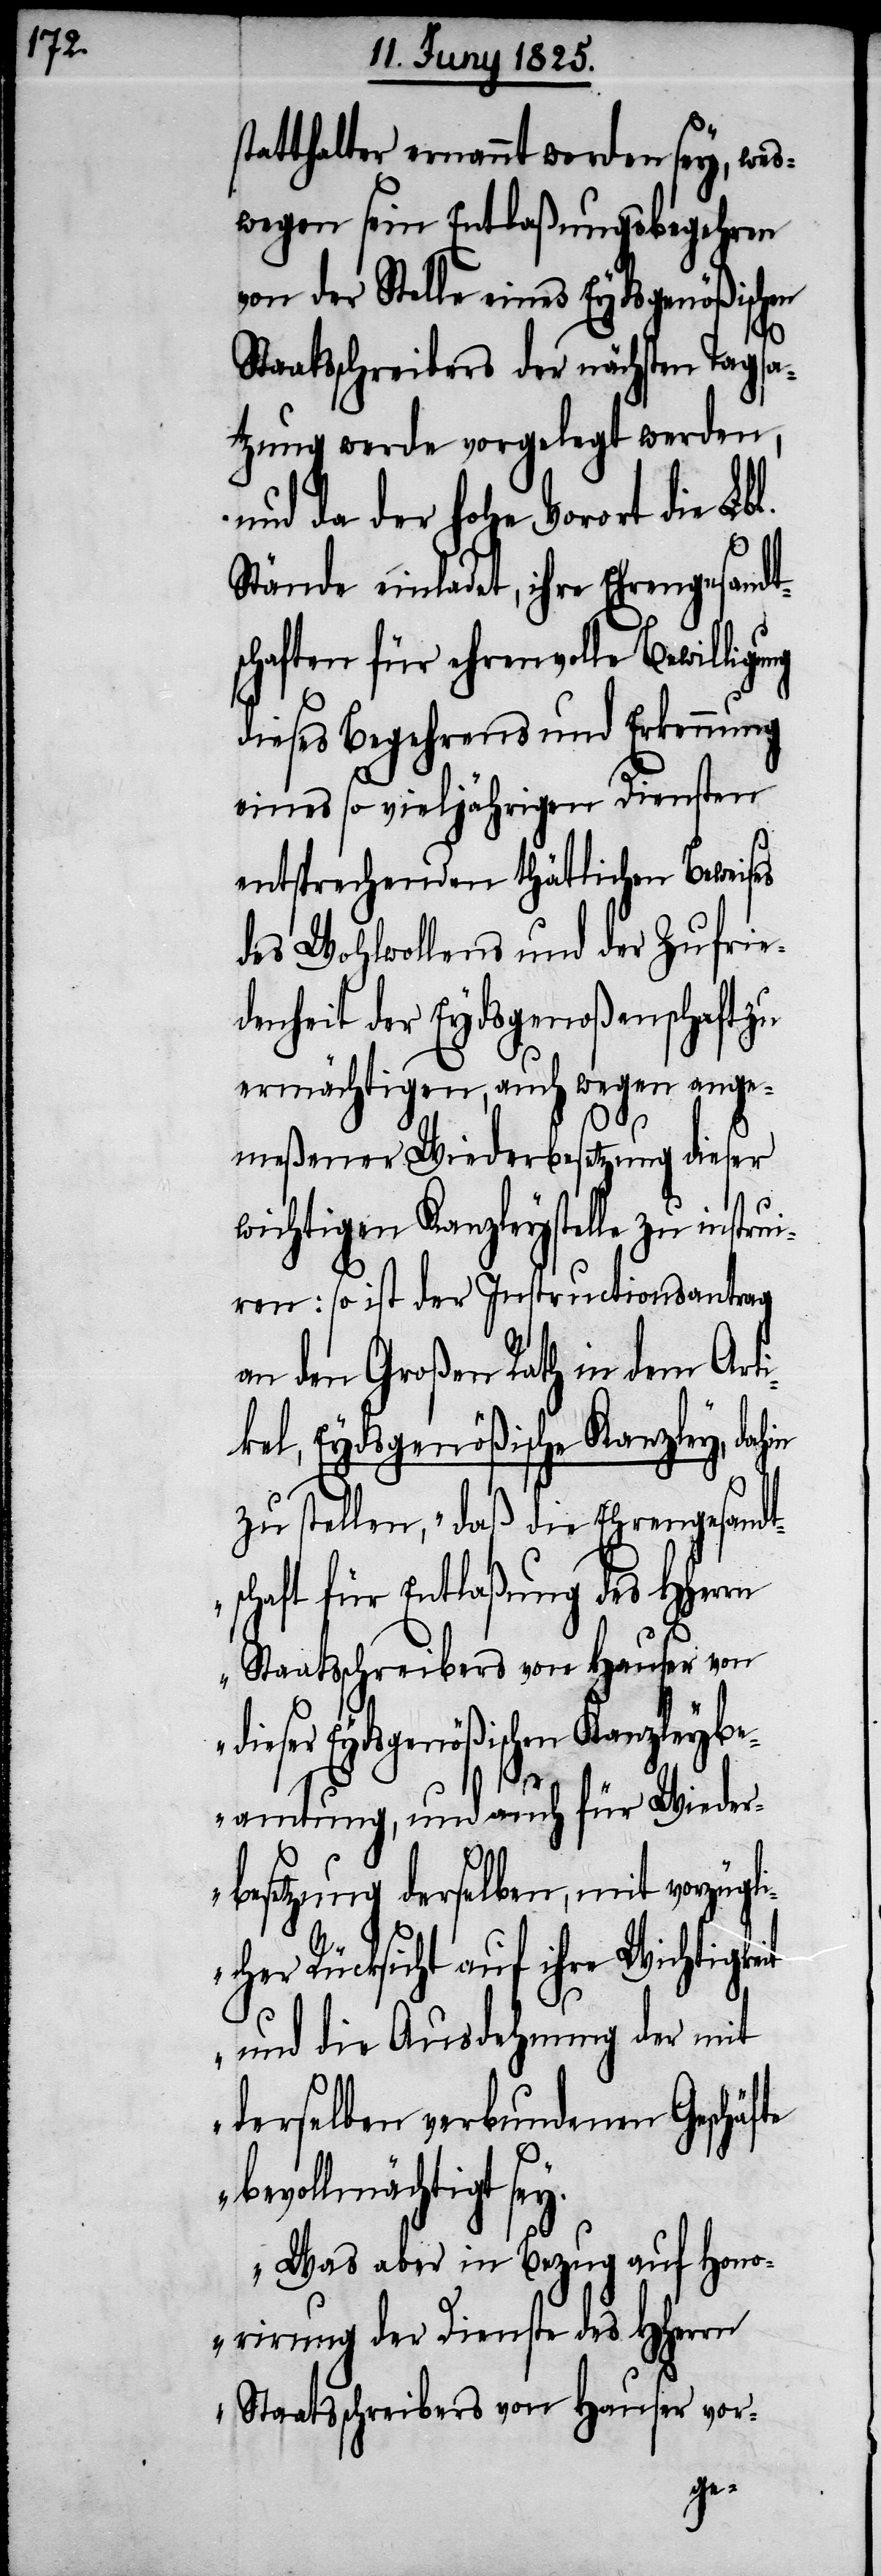
statthalter ernannt worden sey, wes¬
wegen sein Entlaßungsbegehren
von der Stelle eines Eydsgenößischen
Staatsschreibers der nächsten Tagsa¬
tzung werde vorgelegt werden,
und da der hohe Vorort die Lbl.
Stände einladet, ihre Ehrengesandt¬
schaften für ehrenvolle Bewilligu¬
dieses Begehrens und Erkennung
eines so vieljährigen Diensten
entsprechenden thätlichen Beweises
des Wohlwollens und der Zufrie¬
denheit der Eydsgenoßenschaft zu
ermächtigen, auch wegen ange¬
meßener Wiederbesetzung dieser
wichtigen Kanzleystelle zu instrui¬
ren: so ist der Instructionsantrag
an den Großen Rath in dem Art¬
ikel, Eydsgenößische Kanzley, dah¬
zu stellen, „daß die Ehrengesandt¬
schaft für Entlaßung des HHerrn
n dieser Eydsgenößischen Kanzleybe¬
i¬
amtung, und auch für Wieder¬
besetzung derselben, mit vorzügl¬
cher Rücksicht auf ihre Wichtigke¬
und die Ausdehnung der mit
derselben verbundenen Geschäfte
it
bevollmächtigt sey.
Was aber in Bezug auf Hono¬
rirung der Dienste des HHerrn
Staatschreibers von Hauser vor-